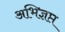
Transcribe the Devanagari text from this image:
अभिज्ञप्त